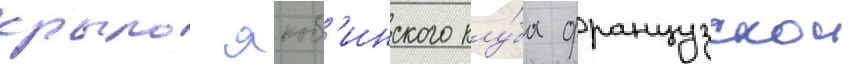
крыло якоб'инского клу́ба французскои